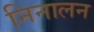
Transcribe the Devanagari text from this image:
निनालन